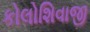
કોલોશિવાજી